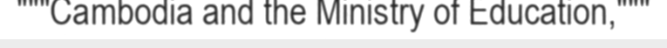
"""Cambodia and the Ministry of Education,"""